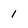
Character: 1